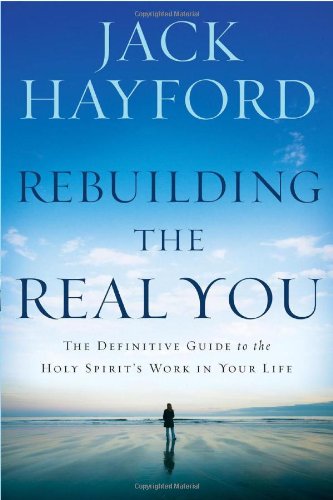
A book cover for Rebuilding the Real You: The Definitive Guide to the Holy Spirit's Work in Your Life; Jack Hayford; Christian Books & Bibles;